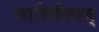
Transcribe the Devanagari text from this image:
कांसिलियम्